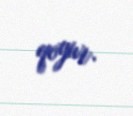
qoyur.